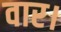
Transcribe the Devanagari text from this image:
वार।